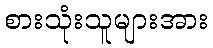
စားသုံးသူများအား